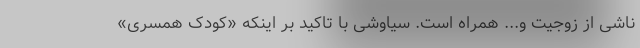
ناشی از زوجیت و... همراه است. سیاوشی با تاکید بر اینکه «کودک همسری»